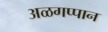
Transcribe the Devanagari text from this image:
अळगप्पान